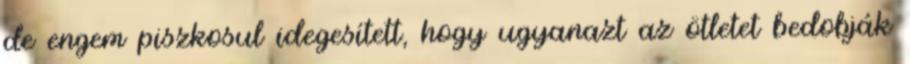
de engem piszkosul idegesített, hogy ugyanazt az ötletet bedobják